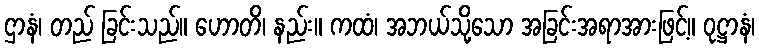
ဌာနံ၊ တည် ခြင်းသည်။ ဟောတိ၊ နည်း။ ကထံ၊ အဘယ်သို့သော အခြင်းအရာအားဖြင့်။ ဝုဋ္ဌာနံ၊